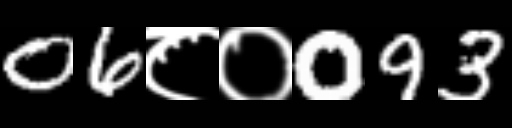
Text: 06८०093